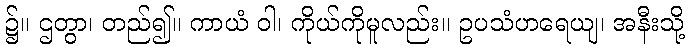
၌။ ဌတွာ၊ တည်၍။ ကာယံ ဝါ၊ ကိုယ်ကိုမူလည်း။ ဥပသံဟရေယျ၊ အနီးသို့